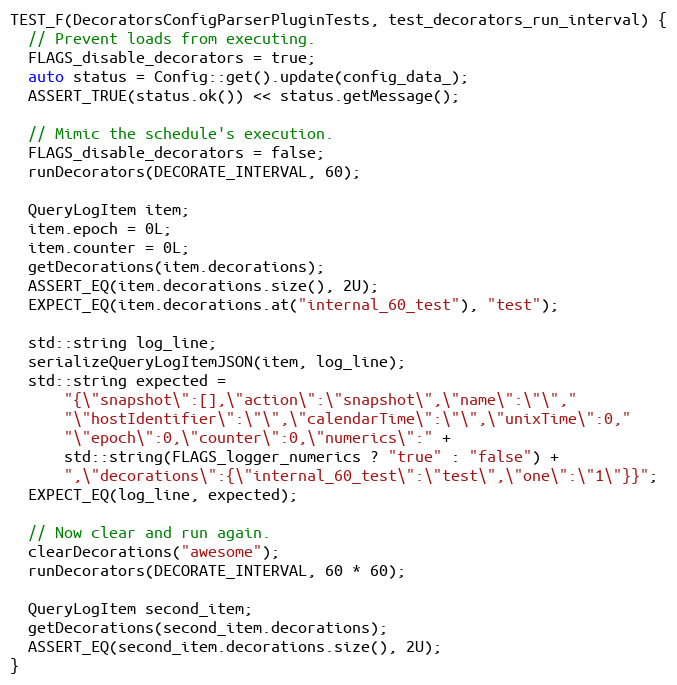
Language: C++
TEST_F(DecoratorsConfigParserPluginTests, test_decorators_run_interval) {
  // Prevent loads from executing.
  FLAGS_disable_decorators = true;
  auto status = Config::get().update(config_data_);
  ASSERT_TRUE(status.ok()) << status.getMessage();

  // Mimic the schedule's execution.
  FLAGS_disable_decorators = false;
  runDecorators(DECORATE_INTERVAL, 60);

  QueryLogItem item;
  item.epoch = 0L;
  item.counter = 0L;
  getDecorations(item.decorations);
  ASSERT_EQ(item.decorations.size(), 2U);
  EXPECT_EQ(item.decorations.at("internal_60_test"), "test");

  std::string log_line;
  serializeQueryLogItemJSON(item, log_line);
  std::string expected =
      "{\"snapshot\":[],\"action\":\"snapshot\",\"name\":\"\","
      "\"hostIdentifier\":\"\",\"calendarTime\":\"\",\"unixTime\":0,"
      "\"epoch\":0,\"counter\":0,\"numerics\":" +
      std::string(FLAGS_logger_numerics ? "true" : "false") +
      ",\"decorations\":{\"internal_60_test\":\"test\",\"one\":\"1\"}}";
  EXPECT_EQ(log_line, expected);

  // Now clear and run again.
  clearDecorations("awesome");
  runDecorators(DECORATE_INTERVAL, 60 * 60);

  QueryLogItem second_item;
  getDecorations(second_item.decorations);
  ASSERT_EQ(second_item.decorations.size(), 2U);
}